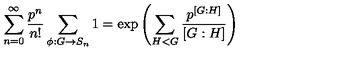
\sum _ { n = 0 } ^ { \infty } \frac { p ^ { n } } { n ! } \sum _ { \phi : G \rightarrow S _ { n } } 1 = \exp \left( \sum _ { H < G } \frac { p ^ { \left[ G : H \right] } } { \left[ G : H \right] } \right)